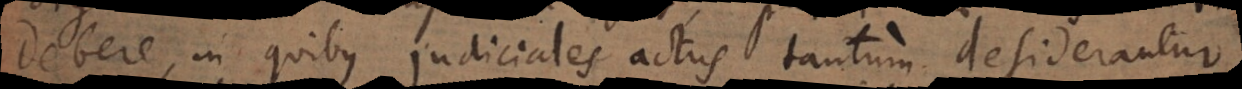
debere, in quibus judiciales actus tantum desiderantur,